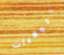
الولايات